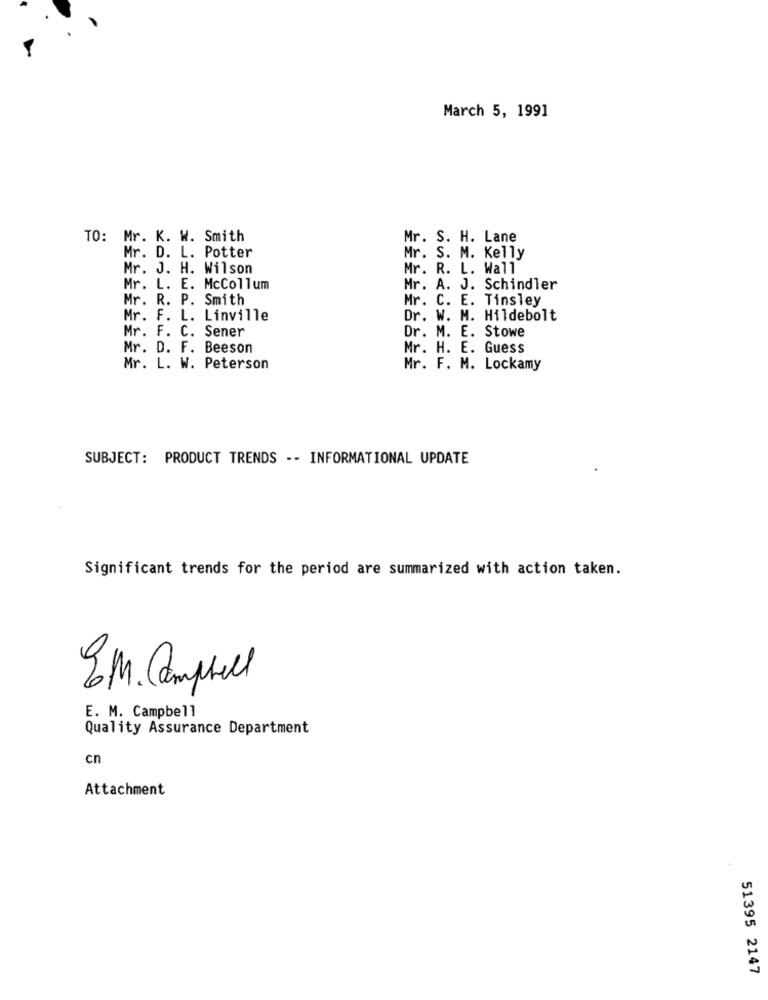
March 5, 1991
TO: Mr. K. W. Smith
Mr. S. H. Lane
Mr. D. L. Potter
Mr. S. M. Kelly
Mr. J. H. Wilson
Mr. R. L. Wall
L. E. McCollum
Mr. A. J. Schindler
Mr. R. P. Smith
Mr. C. E. Tinsley
Mr. F. L. Linville
Dr. W. M. Hildebolt
Mr. F. C. Sener
Dr. M. E. Stowe
Mr. D. F. Beeson
Mr. H. E. Guess
Mr. L. W. Peterson
Mr. F. M. Lockamy
SUBJECT: PRODUCT TRENDS -- INFORMATIONAL UPDATE
Significant trends for the period are summarized with action taken.
EM. Campbell
E. M. Campbell
Quality Assurance Department
cn
Attachment
51395 2147